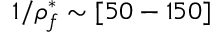
1 / \rho _ { f } ^ { * } \sim [ 5 0 - 1 5 0 ]